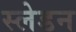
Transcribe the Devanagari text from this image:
स्लेडन